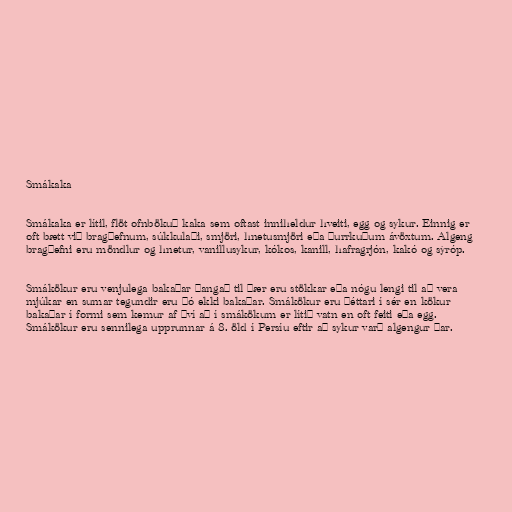
Smákaka

Smákaka er lítil, flöt ofnbökuð kaka sem oftast inniheldur hveiti, egg og sykur. Einnig er
oft bætt við bragðefnum, súkkulaði, smjöri, hnetusmjöri eða þurrkuðum ávöxtum. Algeng
bragðefni eru möndlur og hnetur, vanillusykur, kókos, kanill, hafragrjón, kakó og sýróp.

Smákökur eru venjulega bakaðar þangað til þær eru stökkar eða nógu lengi til að vera
mjúkar en sumar tegundir eru þó ekki bakaðar. Smákökur eru þéttari í sér en kökur
bakaðar í formi sem kemur af því að í smákökum er lítið vatn en oft feiti eða egg.
Smákökur eru sennilega upprunnar á 8. öld í Persíu eftir að sykur varð algengur þar.